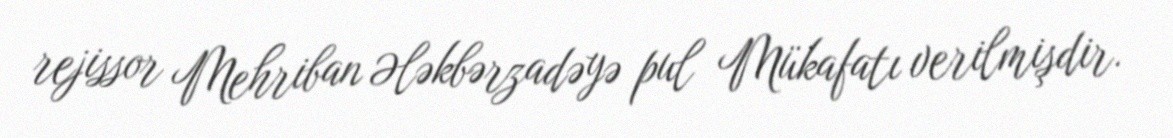
rejissor Mehriban Ələkbərzadəyə pul Mükafatı verilmişdir.